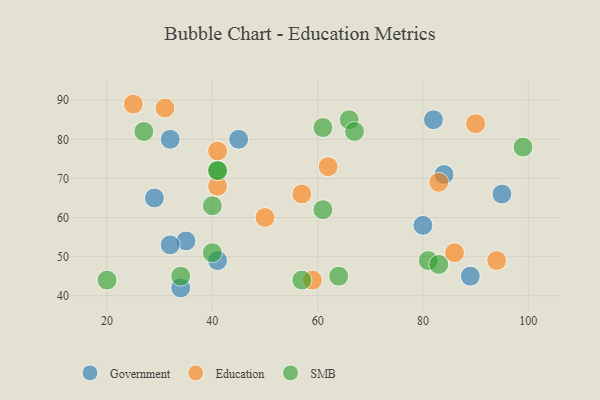
{"axis": {"x": "GDP", "y": "Life Expectancy"}, "legend": ["Education", "Government", "SMB"], "data": [{"x": "95", "y": 66, "type": "Government"}, {"x": "41", "y": 49, "type": "Government"}, {"x": "89", "y": 45, "type": "Government"}, {"x": "35", "y": 54, "type": "Government"}, {"x": "32", "y": 80, "type": "Government"}, {"x": "82", "y": 85, "type": "Government"}, {"x": "32", "y": 53, "type": "Government"}, {"x": "34", "y": 42, "type": "Government"}, {"x": "84", "y": 71, "type": "Government"}, {"x": "80", "y": 58, "type": "Government"}, {"x": "29", "y": 65, "type": "Government"}, {"x": "45", "y": 80, "type": "Government"}, {"x": "41", "y": 77, "type": "Education"}, {"x": "94", "y": 49, "type": "Education"}, {"x": "83", "y": 69, "type": "Education"}, {"x": "57", "y": 66, "type": "Education"}, {"x": "25", "y": 89, "type": "Education"}, {"x": "90", "y": 84, "type": "Education"}, {"x": "62", "y": 73, "type": "Education"}, {"x": "86", "y": 51, "type": "Education"}, {"x": "41", "y": 68, "type": "Education"}, {"x": "50", "y": 60, "type": "Education"}, {"x": "59", "y": 44, "type": "Education"}, {"x": "31", "y": 88, "type": "Education"}, {"x": "40", "y": 51, "type": "SMB"}, {"x": "99", "y": 78, "type": "SMB"}, {"x": "34", "y": 45, "type": "SMB"}, {"x": "20", "y": 44, "type": "SMB"}, {"x": "61", "y": 83, "type": "SMB"}, {"x": "41", "y": 72, "type": "SMB"}, {"x": "66", "y": 85, "type": "SMB"}, {"x": "64", "y": 45, "type": "SMB"}, {"x": "57", "y": 44, "type": "SMB"}, {"x": "67", "y": 82, "type": "SMB"}, {"x": "61", "y": 62, "type": "SMB"}, {"x": "27", "y": 82, "type": "SMB"}, {"x": "41", "y": 72, "type": "SMB"}, {"x": "81", "y": 49, "type": "SMB"}, {"x": "83", "y": 48, "type": "SMB"}, {"x": "40", "y": 63, "type": "SMB"}]}